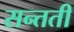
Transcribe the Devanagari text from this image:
सन्तती